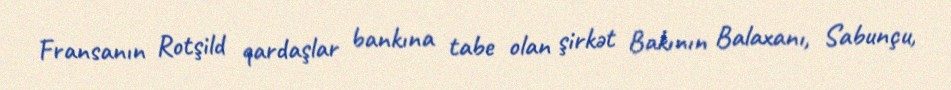
Fransanın Rotşild qardaşlar bankına tabe olan şirkət Bakının Balaxanı, Sabunçu,